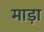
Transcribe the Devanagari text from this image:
माड़ा